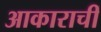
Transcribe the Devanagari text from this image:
आकाराचीं